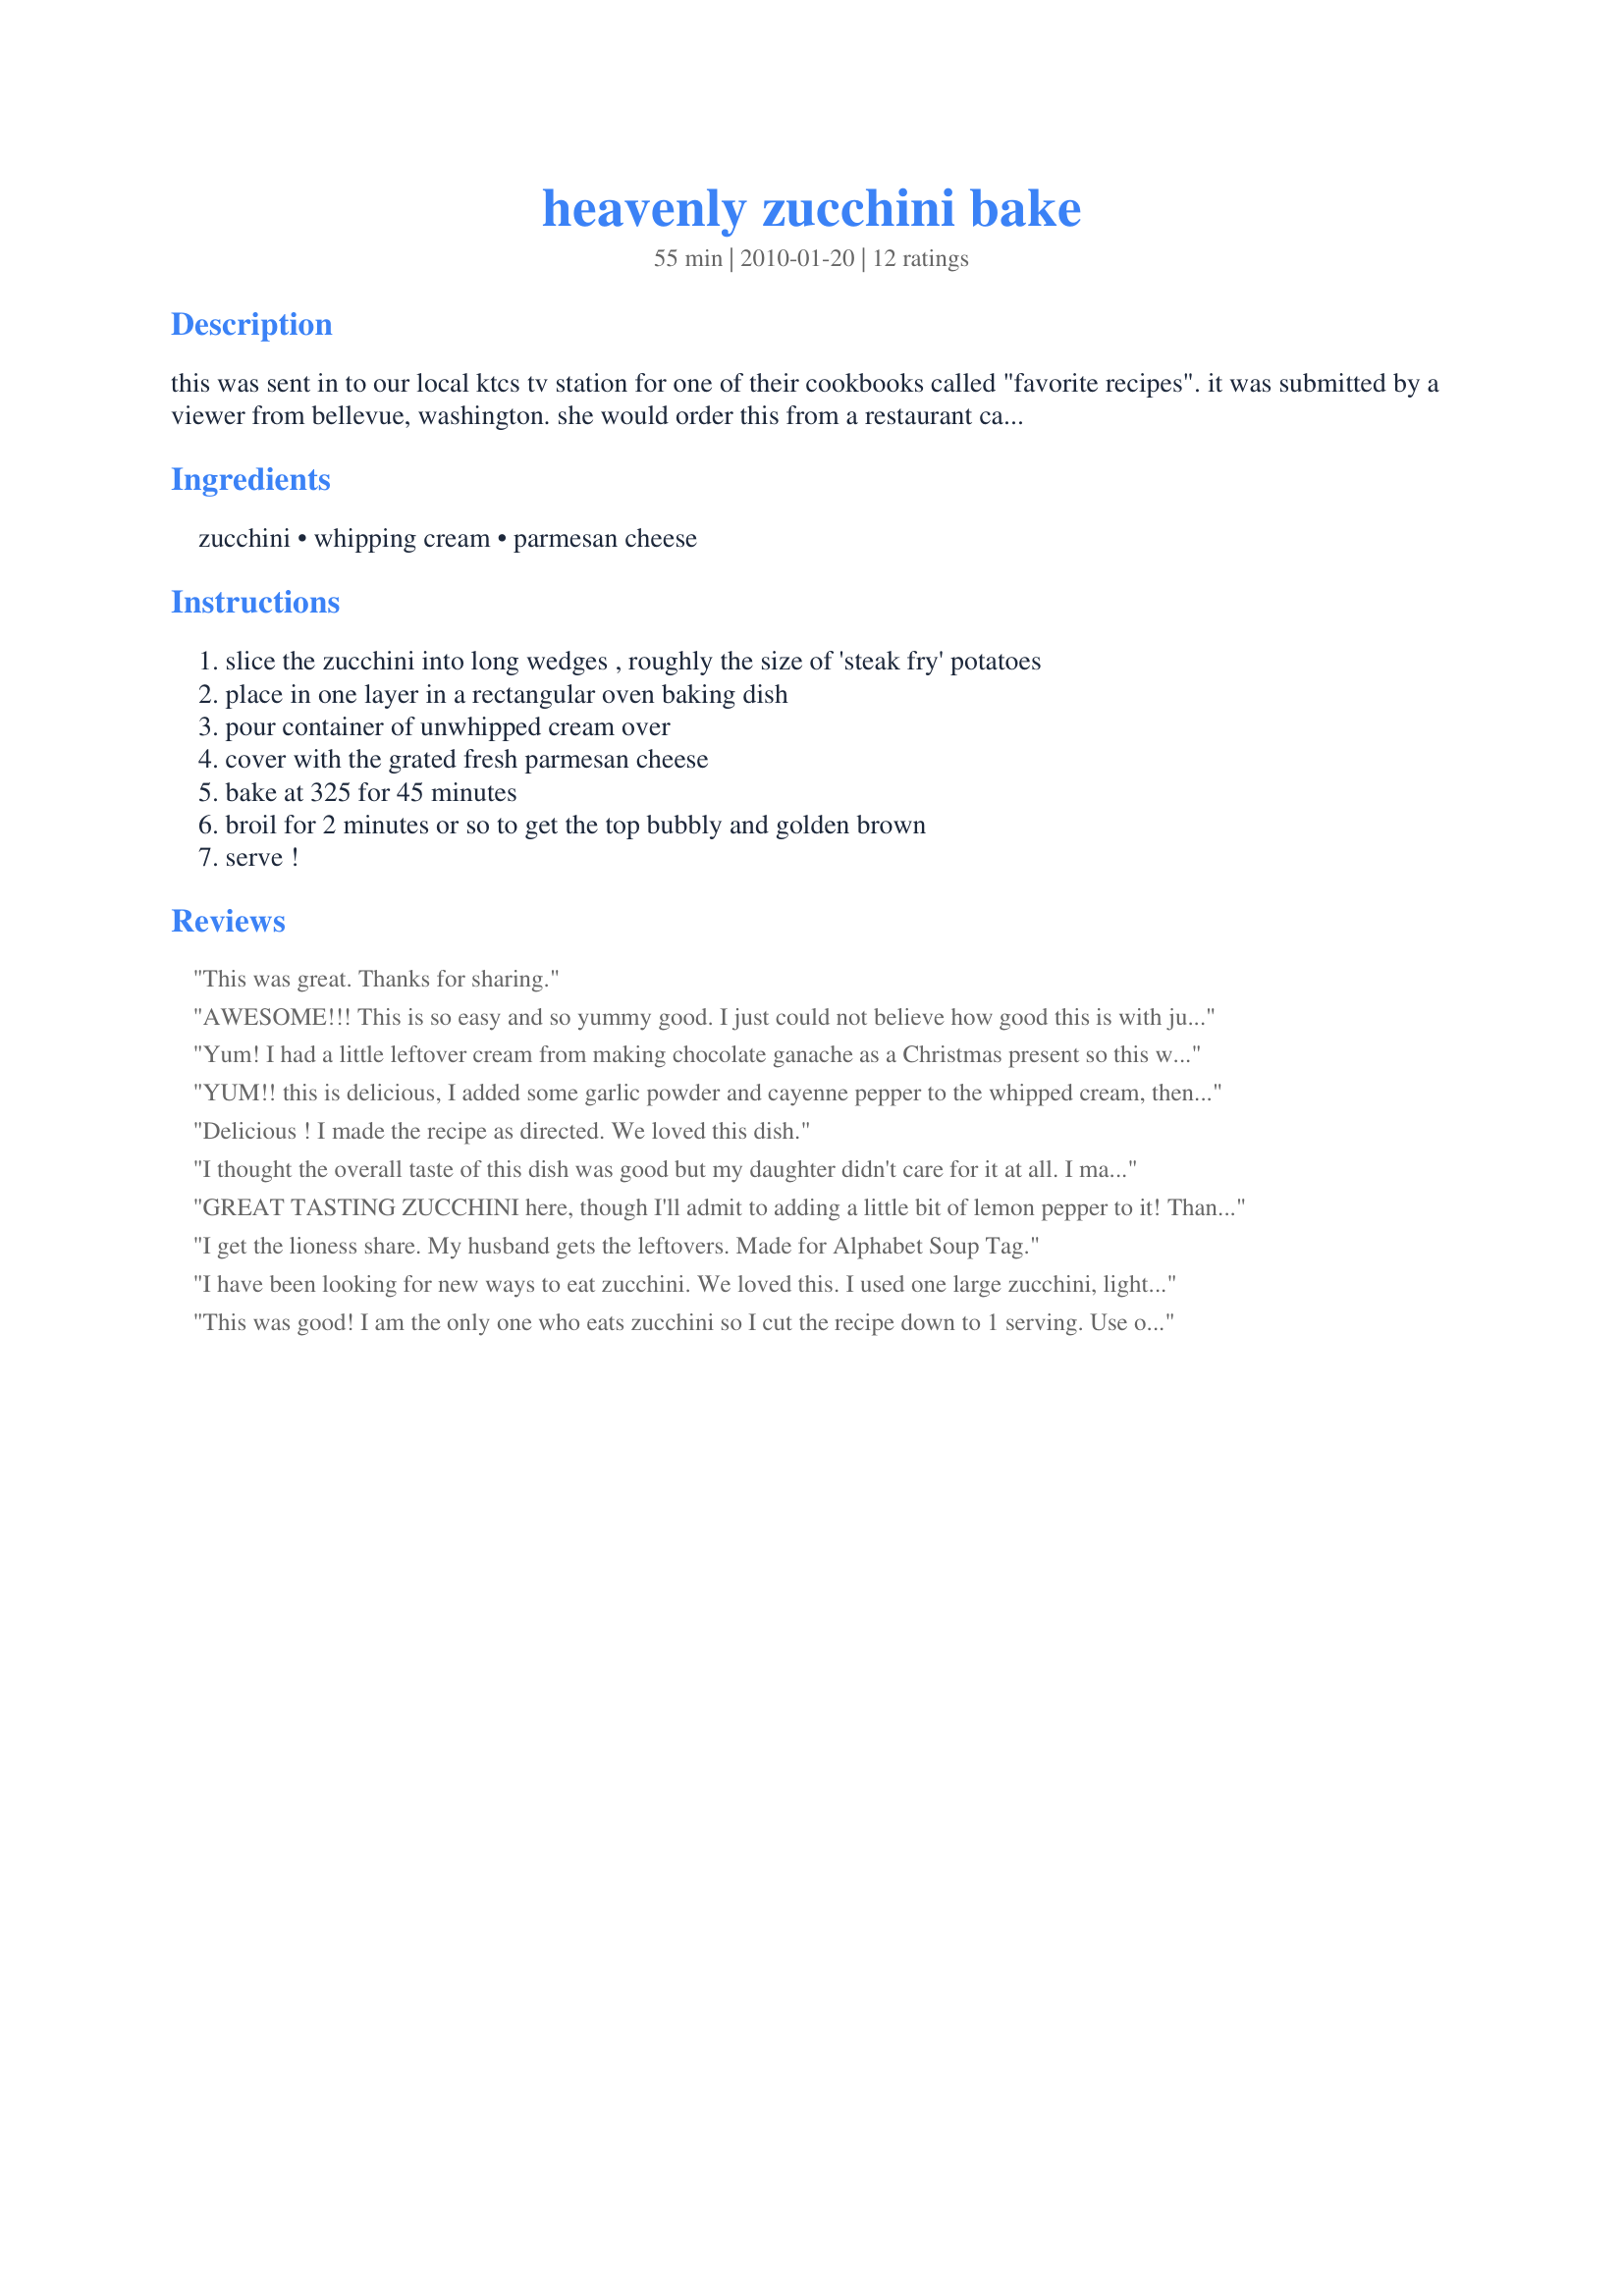
heavenly zucchini bake
Preparation time: 55 minutes

this was sent in to our local ktcs tv station for one of their cookbooks called "favorite recipes". it was submitted by a viewer from bellevue, washington. she would order this from a restaurant called 13 coins as a late night snack. you can also serve this as a side dish with any entree.

Ingredients:
zucchini, whipping cream, parmesan cheese

Steps:
slice the zucchini into long wedges , roughly the size of 'steak fry' potatoes, place in one layer in a rectangular oven baking dish, pour container of unwhipped cream over, cover with the grated fresh parmesan cheese, bake at 325 for 45 minutes, broil for 2 minutes or so to get the top bubbly and golden brown, serve !

Reviews:
This was great. Thanks for sharing.
AWESOME!!! This is so easy and so yummy good. I just could not believe how good this is with just 3 ingredients. It's amazing. Tastes like alfredo and the whole family inhaled it. I will be making this frequently. Thanks, Teresa!
Yum! I had a little leftover cream from making chocolate ganache as a Christmas present so this was a treat. Thanks Teresa! Made for PRMR game.
YUM!! this is delicious, I added some garlic powder and cayenne pepper to the whipped cream, then sprinkled sliced onion over when layering, we really enjoyed this, thanks for sharing Teresa!
Delicious ! I made the recipe as directed. We loved this dish.
I thought the overall taste of this dish was good but my daughter didn't care for it at all. I made as directed except for adding a bit of salt and pepper. (8)
GREAT TASTING ZUCCHINI here, though I'll admit to adding a little bit of lemon pepper to it! Thanks for posting a really keeper of a recipe! [Made & reviewed in 1-2-3 Hit Wonders tag]
I get the lioness share. My husband gets the leftovers. Made for Alphabet Soup Tag.
I have been looking for new ways to eat zucchini. We loved this. I used one large zucchini, light cream and a cup of parm cheese. I also added 1/4 teaspoon of pepper. This was even good heated up the next day.
This was good! I am the only one who eats zucchini so I cut the recipe down to 1 serving. Use one large zucchini, 1/4 cup cream and 1/3 cup parmesan cheese. I think it needed a little less cream, it was a little soupy. However was very tastey. Made for 1-2-3-Hits March 2010.
We loved this zucchini dish. The only addition I made was to add freshly ground black pepper. Loved the cream and parmesan combination -- so deliciously flavorful. This is definitely a keeper and I will be making this dish again very soon. Made for Everyday is a Holiday tag, May, 2013.
Thanks for sharing this terrific recipe Teresa. The zucchini was wonderful poached in the cream. Loved the sharpness and saltiness that the parmesan added to the dish. I did add some fresh cracked black pepper. Next time I would also add a sprinkling of fresh grated nutmeg. (personal preference only) Made FYC Tag Game 2015.
